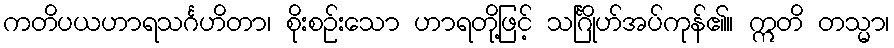
ကတိပယဟာရသင်္ဂဟိတာ၊ စိုးစဉ်းသော ဟာရတို့ဖြင့် သင်္ဂြိုဟ်အပ်ကုန်၏။ ဣတိ တသ္မာ၊